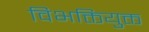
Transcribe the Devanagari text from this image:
विभक्तियुक्त